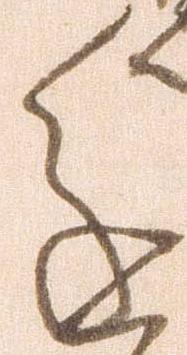
進